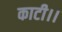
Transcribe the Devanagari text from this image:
काटी।।